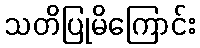
သတိပြုမိကြောင်း